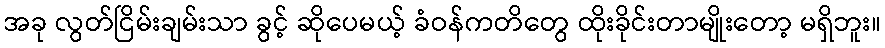
အခု လွတ်ငြိမ်းချမ်းသာ ခွင့် ဆိုပေမယ့် ခံဝန်ကတိတွေ ထိုးခိုင်းတာမျိုးတော့ မရှိဘူး။